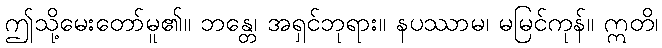
ဤသို့မေးတော်မူ၏။ ဘန္တေ၊ အရှင်ဘုရား။ နပဿာမ၊ မမြင်ကုန်။ ဣတိ၊